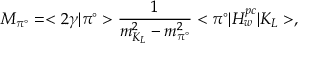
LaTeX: M _ { \pi ^ { \circ } } = < 2 \gamma | \pi ^ { \circ } > \frac { 1 } { m _ { K _ { L } } ^ { 2 } - m _ { \pi ^ { \circ } } ^ { 2 } } < \pi ^ { \circ } | H _ { w } ^ { p c } | K _ { L } > ,